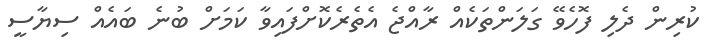
ކުރިން ދެލި ފޮހެވޭ ގަލަންތަކެއް ރާއްޖެ އެތެރެކޮށްފައިވާ ކަމަށް ބުނެ ބައެއް ސިޔާސީ